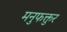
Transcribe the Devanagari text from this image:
मनुफक्तुर